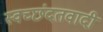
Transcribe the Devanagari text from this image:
स्वच्छंदतवादी